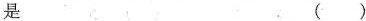
是 （）